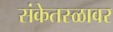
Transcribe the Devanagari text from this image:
संकेतस्ळावर